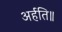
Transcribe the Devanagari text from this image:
अर्हति॥